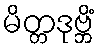
မိတ္တဒုဗ္ဘိံ